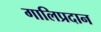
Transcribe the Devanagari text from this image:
गालिप्रदान